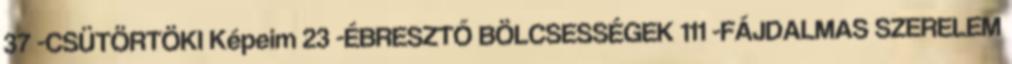
37 -CSÜTÖRTÖKI Képeim 23 -ÉBRESZTŐ BÖLCSESSÉGEK 111 -FÁJDALMAS SZERELEM